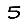
Digit: 5